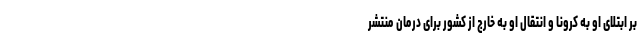
بر ابتلای او به کرونا و انتقال او به خارج از کشور برای درمان منتشر